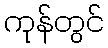
ကုန်တွင်